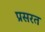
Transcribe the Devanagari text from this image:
प्रसरत